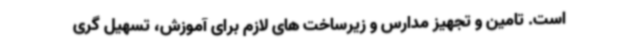
است. تامین و تجهیز مدارس و زیرساخت های لازم برای آموزش، تسهیل گری